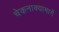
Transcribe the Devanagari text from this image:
चेकनाक्यामार्गे